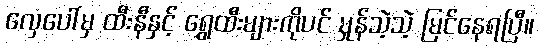
လှေပေါ်မှ ထီးနီနှင့် ရွှေထီးများကိုပင် မှုန်သဲ့သဲ့ မြင်နေရပြီ။